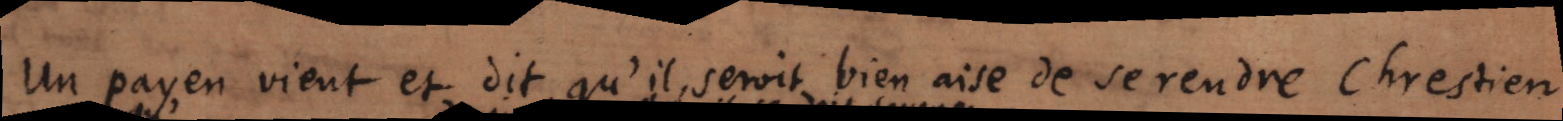
Un payen vient et dit qu’il seroit bien aise de se rendre Chrestien